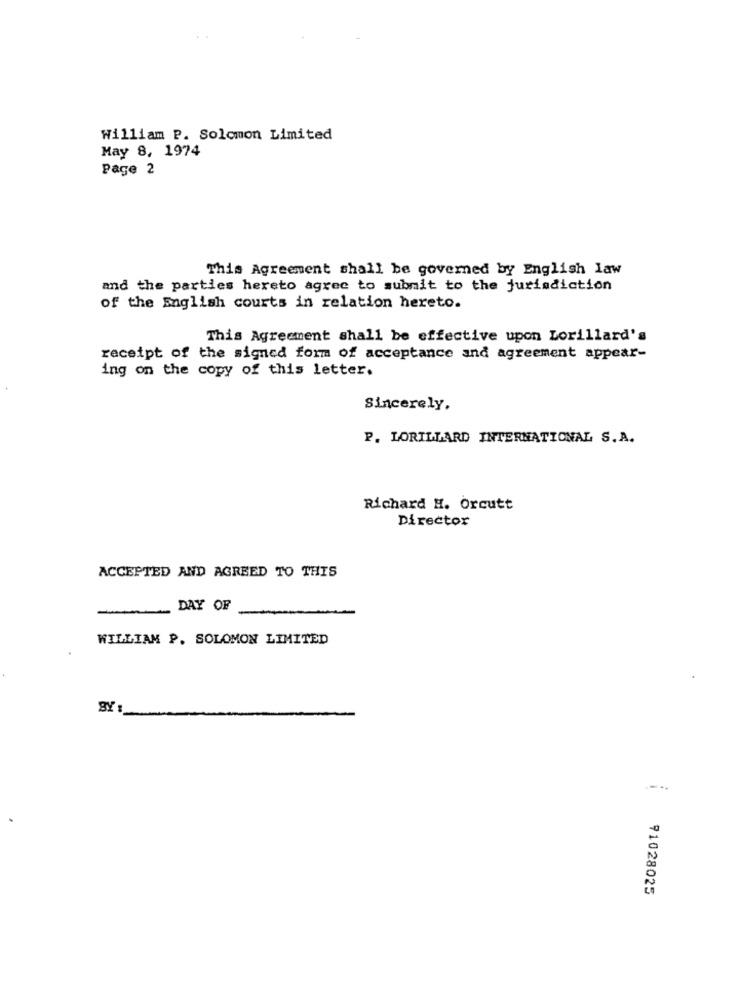
William P. Solomon Limited
May 8, 1974
Page 2
This Agreement shall be governed by English law
and the parties hereto agree to submit to the jurisdiction
of the English courts in relation hereto.
This Agreement shall be effective upon Lorillard's
receipt of the signed form of acceptance and agreement appear-
ing on the copy of this letter.
Sincerely,
P. LORILLARD INTERNATIONAL S.A.
Richard H. Orcutt
Director
ACCEPTED AND AGREED TO THIS
-
DAY OF
WILLIAM P. SOLOMON LIMITED
BY :
--..
91028025